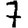
Digit: 7